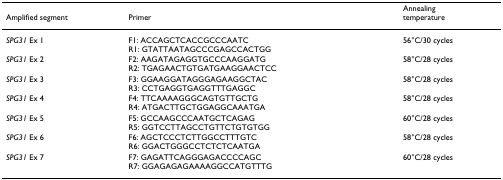
| Amplified segment | Primer | Annealing temperature |
 | --- | --- | --- |
 | SPG31 Ex 1 | F1: ACCAGCTCACCGCCCAATCR1: GTATTAATAGCCCGAGCCACTGG | 56°C/30 cycles |
 | SPG31 Ex 2 | F2: AAGATAGAGGTGCCCAAGGATGR2: TGAGAACTGTGATGAAGGAACTCC | 58°C/28 cycles |
 | SPG31 Ex 3 | F3: GGAAGGATAGGGAGAAGGCTACR3: CCTGAGGTGAGGTTTGAGGC | 58°C/28 cycles |
 | SPG31 Ex 4 | F4: TTCAAAAGGGCAGTGTTGCTGR4: ATGACTTGCTGGAGGCAAATGA | 58°C/28 cycles |
 | SPG31 Ex 5 | F5: GCCAAGCCCAATGCTCAGAGR5: GGTCCTTAGCCTGTTCTGTGTGG | 60°C/28 cycles |
 | SPG31 Ex 6 | F6: AGCTCCCTCTTGGCCTTTGTCR6: GGACTGGGCCTCTCTCAATGA | 58°C/28 cycles |
 | SPG31 Ex 7 | F7: GAGATTCAGGGAGACCCCAGCR7: GGAGAGAGAAAAGGCCATGTTTG | 60°C/28 cycles |